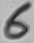
Text: 6